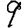
Digit: 9